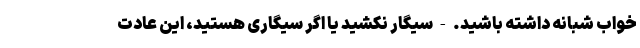
خواب شبانه داشته باشید. - سیگار نکشید یا اگر سیگاری هستید، این عادت